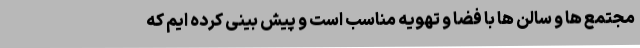
مجتمع ها و سالن ها با فضا و تهویه مناسب است و پیش بینی کرده ایم که